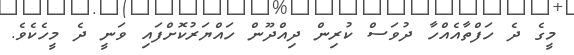
މީގެ ދެ ހަފްތާއެއްހާ ދުވަސް ކުރިން ދިއްދޫން ހައްޔަރުކޮށްފައި ވަނީ ދެ މީހެކެވެ.